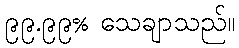
၉၉.၉၉% သေချာသည်။